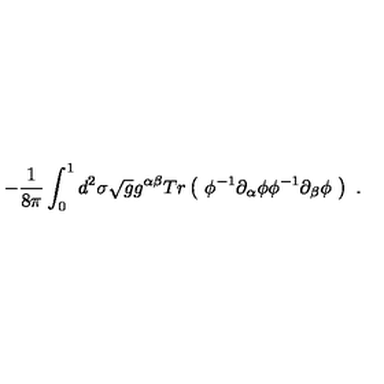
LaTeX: - \frac { 1 } { 8 \pi } \int _ { 0 } ^ { 1 } d ^ { 2 } \sigma \sqrt { g } g ^ { \alpha \beta } T r \left( \ \phi ^ { - 1 } \partial _ { \alpha } \phi \phi ^ { - 1 } \partial _ { \beta } \phi \ \right) \ .